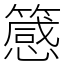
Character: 䉞